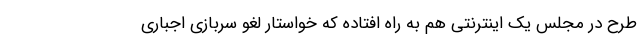
طرح در مجلس یک اینترنتی هم به راه افتاده که خواستار لغو سربازی اجباری